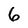
Character: 6